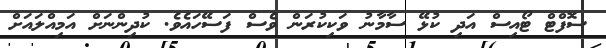
ސޮފްޓް ޓޯއިސް އަދި ކުޅޭ ސާމާނު ވަކިކުރަން ވެސް ފަސޭހައެވެ. ކުދިންނަށް އަމިއްލައަށް